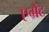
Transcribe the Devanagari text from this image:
एग्रेट